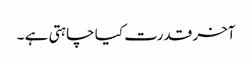
آخر قدرت کیا چاہتی ہے ۔